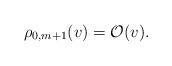
LaTeX: \begin{align*} \rho_{0,m+1}(v)=\mathcal{O}(v).\end{align*}